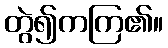
တွဲ၍ကကြ၏။